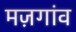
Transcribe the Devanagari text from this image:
मज़गांव